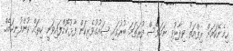
ހިމެނޭކަމަށް ރިފްއަތު ވިދާޅުވި ނަމަވެސް ފުރަތަމަ ބުރުގައި ޝައުގުވެރިކަން ފާޅުކޮށްފައިވަނީ ކިތައް ކުންފުނިކަމެއް